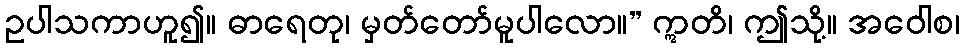
ဥပါသကာဟူ၍။ ဓာရေတု၊ မှတ်တော်မူပါလော။” ဣတိ၊ ဤသို့။ အဝေါစ၊